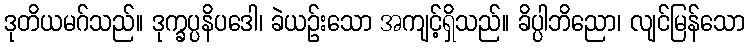
ဒုတိယမဂ်သည်။ ဒုက္ခပ္ပနိပဒေါ၊ ခဲယဉ်းသော အကျင့်ရှိသည်။ ခိပ္ပါဘိညော၊ လျင်မြန်သော